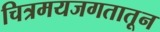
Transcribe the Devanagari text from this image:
चित्रमयजगतातून